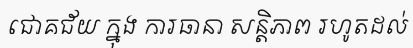
ជោគជ័យ ក្នុង ការធានា សន្តិភាព រហូតដល់